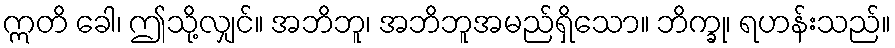
ဣတိ ခေါ၊ ဤသို့လျှင်။ အဘိဘူ၊ အဘိဘူအမည်ရှိသော။ ဘိက္ခု၊ ရဟန်းသည်။